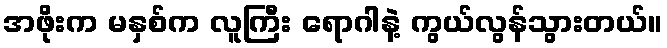
အဖိုးက မနှစ်က လူကြီး ရောဂါနဲ့ ကွယ်လွန်သွားတယ်။